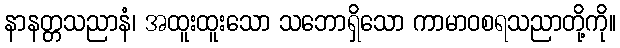
နာနတ္တသညာနံ၊ အထူးထူးသော သဘောရှိသော ကာမာဝစရသညာတို့ကို။